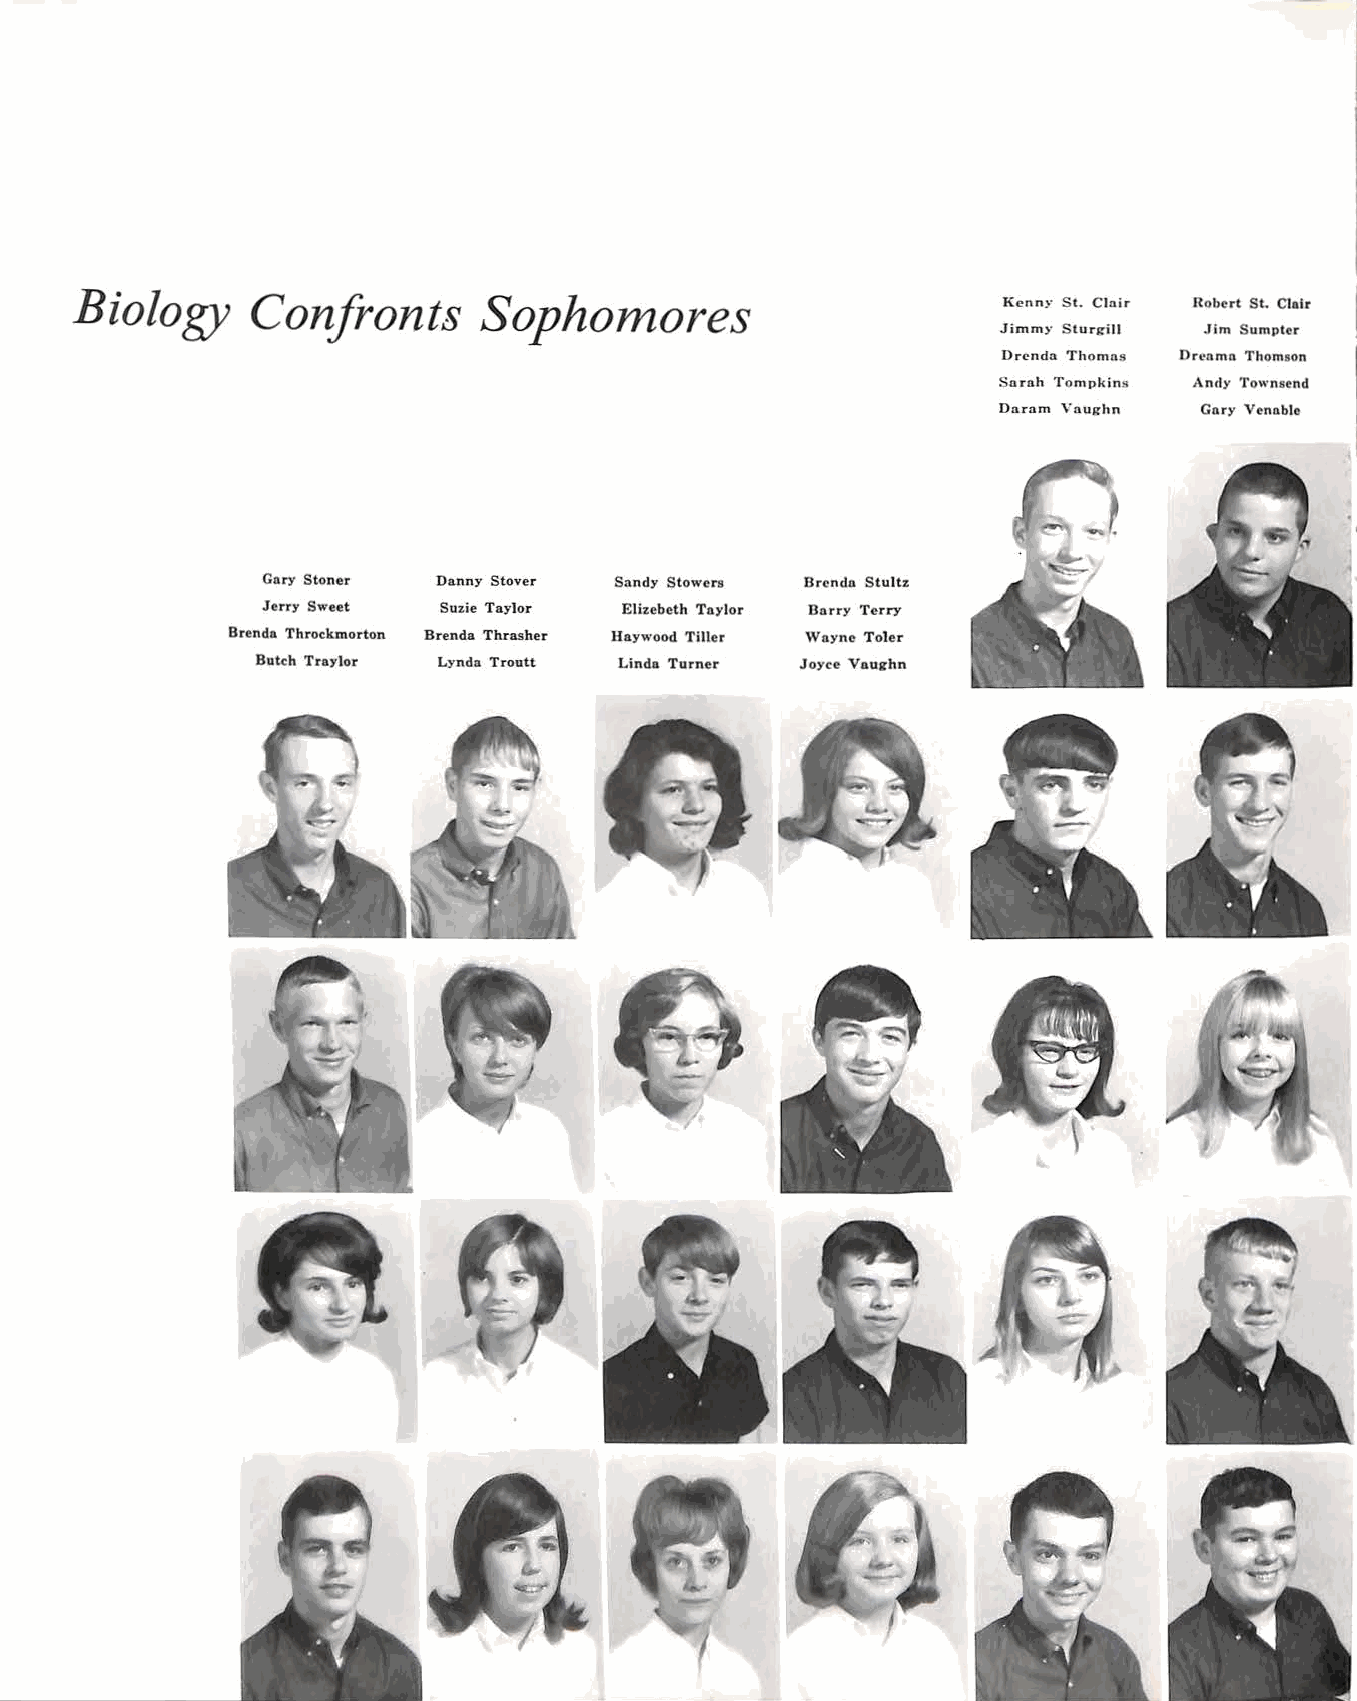
Biology     Confronts      Sophomores                        Kenny St. Clnir Robert St. Clair
 Jimmy Sturl!'ill Jim Sumpter
 Drendn Thomas Drcnma Thomson
 Sarnh Tompkin~ Andy Townsend
 Damm Yauj!'hn Gary Venable
 Cary Stoner Danny Stover Sandy Stowers Brcndn Stultz
 Jerry Sweet Suzie Taylor Elizebeth Taylor Bnrry Terry
 Brenda Throckmorton Brenda Thrasher Haywood Tiller Wnync Toler
 Butch Traylor Lynda Troutt Linda Turner Joyce Vaughn